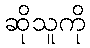
ဆိုသူကို